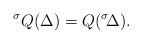
LaTeX: \begin{align*}{}^\sigma Q(\Delta) = Q({}^\sigma\!\Delta).\end{align*}